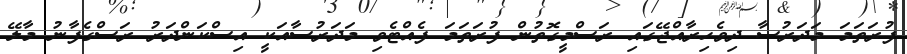
ފުރަތަމަ މަދަރުސާ ދިވެހިރާއްޖޭގައި ރަސްމީގޮތުން ފުރަތަމަ ފެއްޓެވި މަދަރުސާއަކީ އިސްކަންދަރު ރަސްގެފާނު މާލޭ